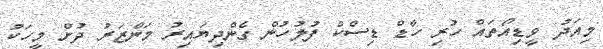
މިއަދު ވީޑިއޯތައް ހުރި ހާޑް ޑިސްކް ފުލުހުން ގެންދިޔައިރު މަންޒަރު ދުށް މީހަކު